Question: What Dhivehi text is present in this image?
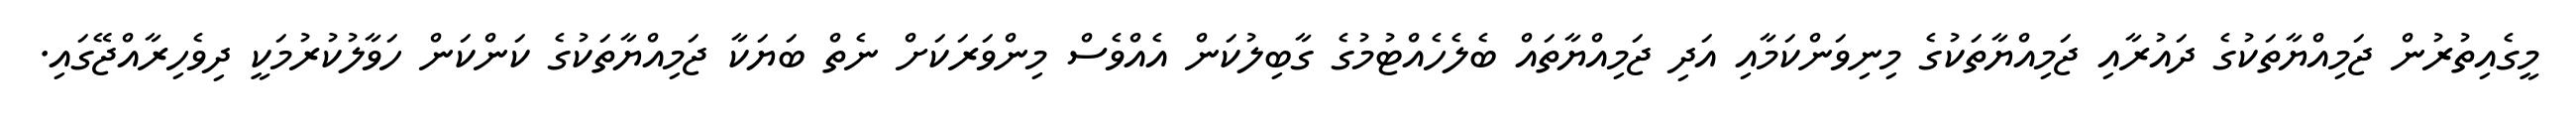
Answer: މީގެއިތުރުން ޖަމިއްޔާތަކުގެ ދައުރާއި ޖަމިއްޔާތަކުގެ މިނިވަންކަމާއި އަދި ޖަމިއްޔާތައް ބެލެހެއްޓުމުގެ ގާބިލުކަން އެއްވެސް މިންވަރަކަށް ނެތް ބަޔަކާ ޖަމިއްޔާތަކުގެ ކަންކަން ހަވާލުކުރުމަކީ ދިވެހިރާއްޖޭގައި.